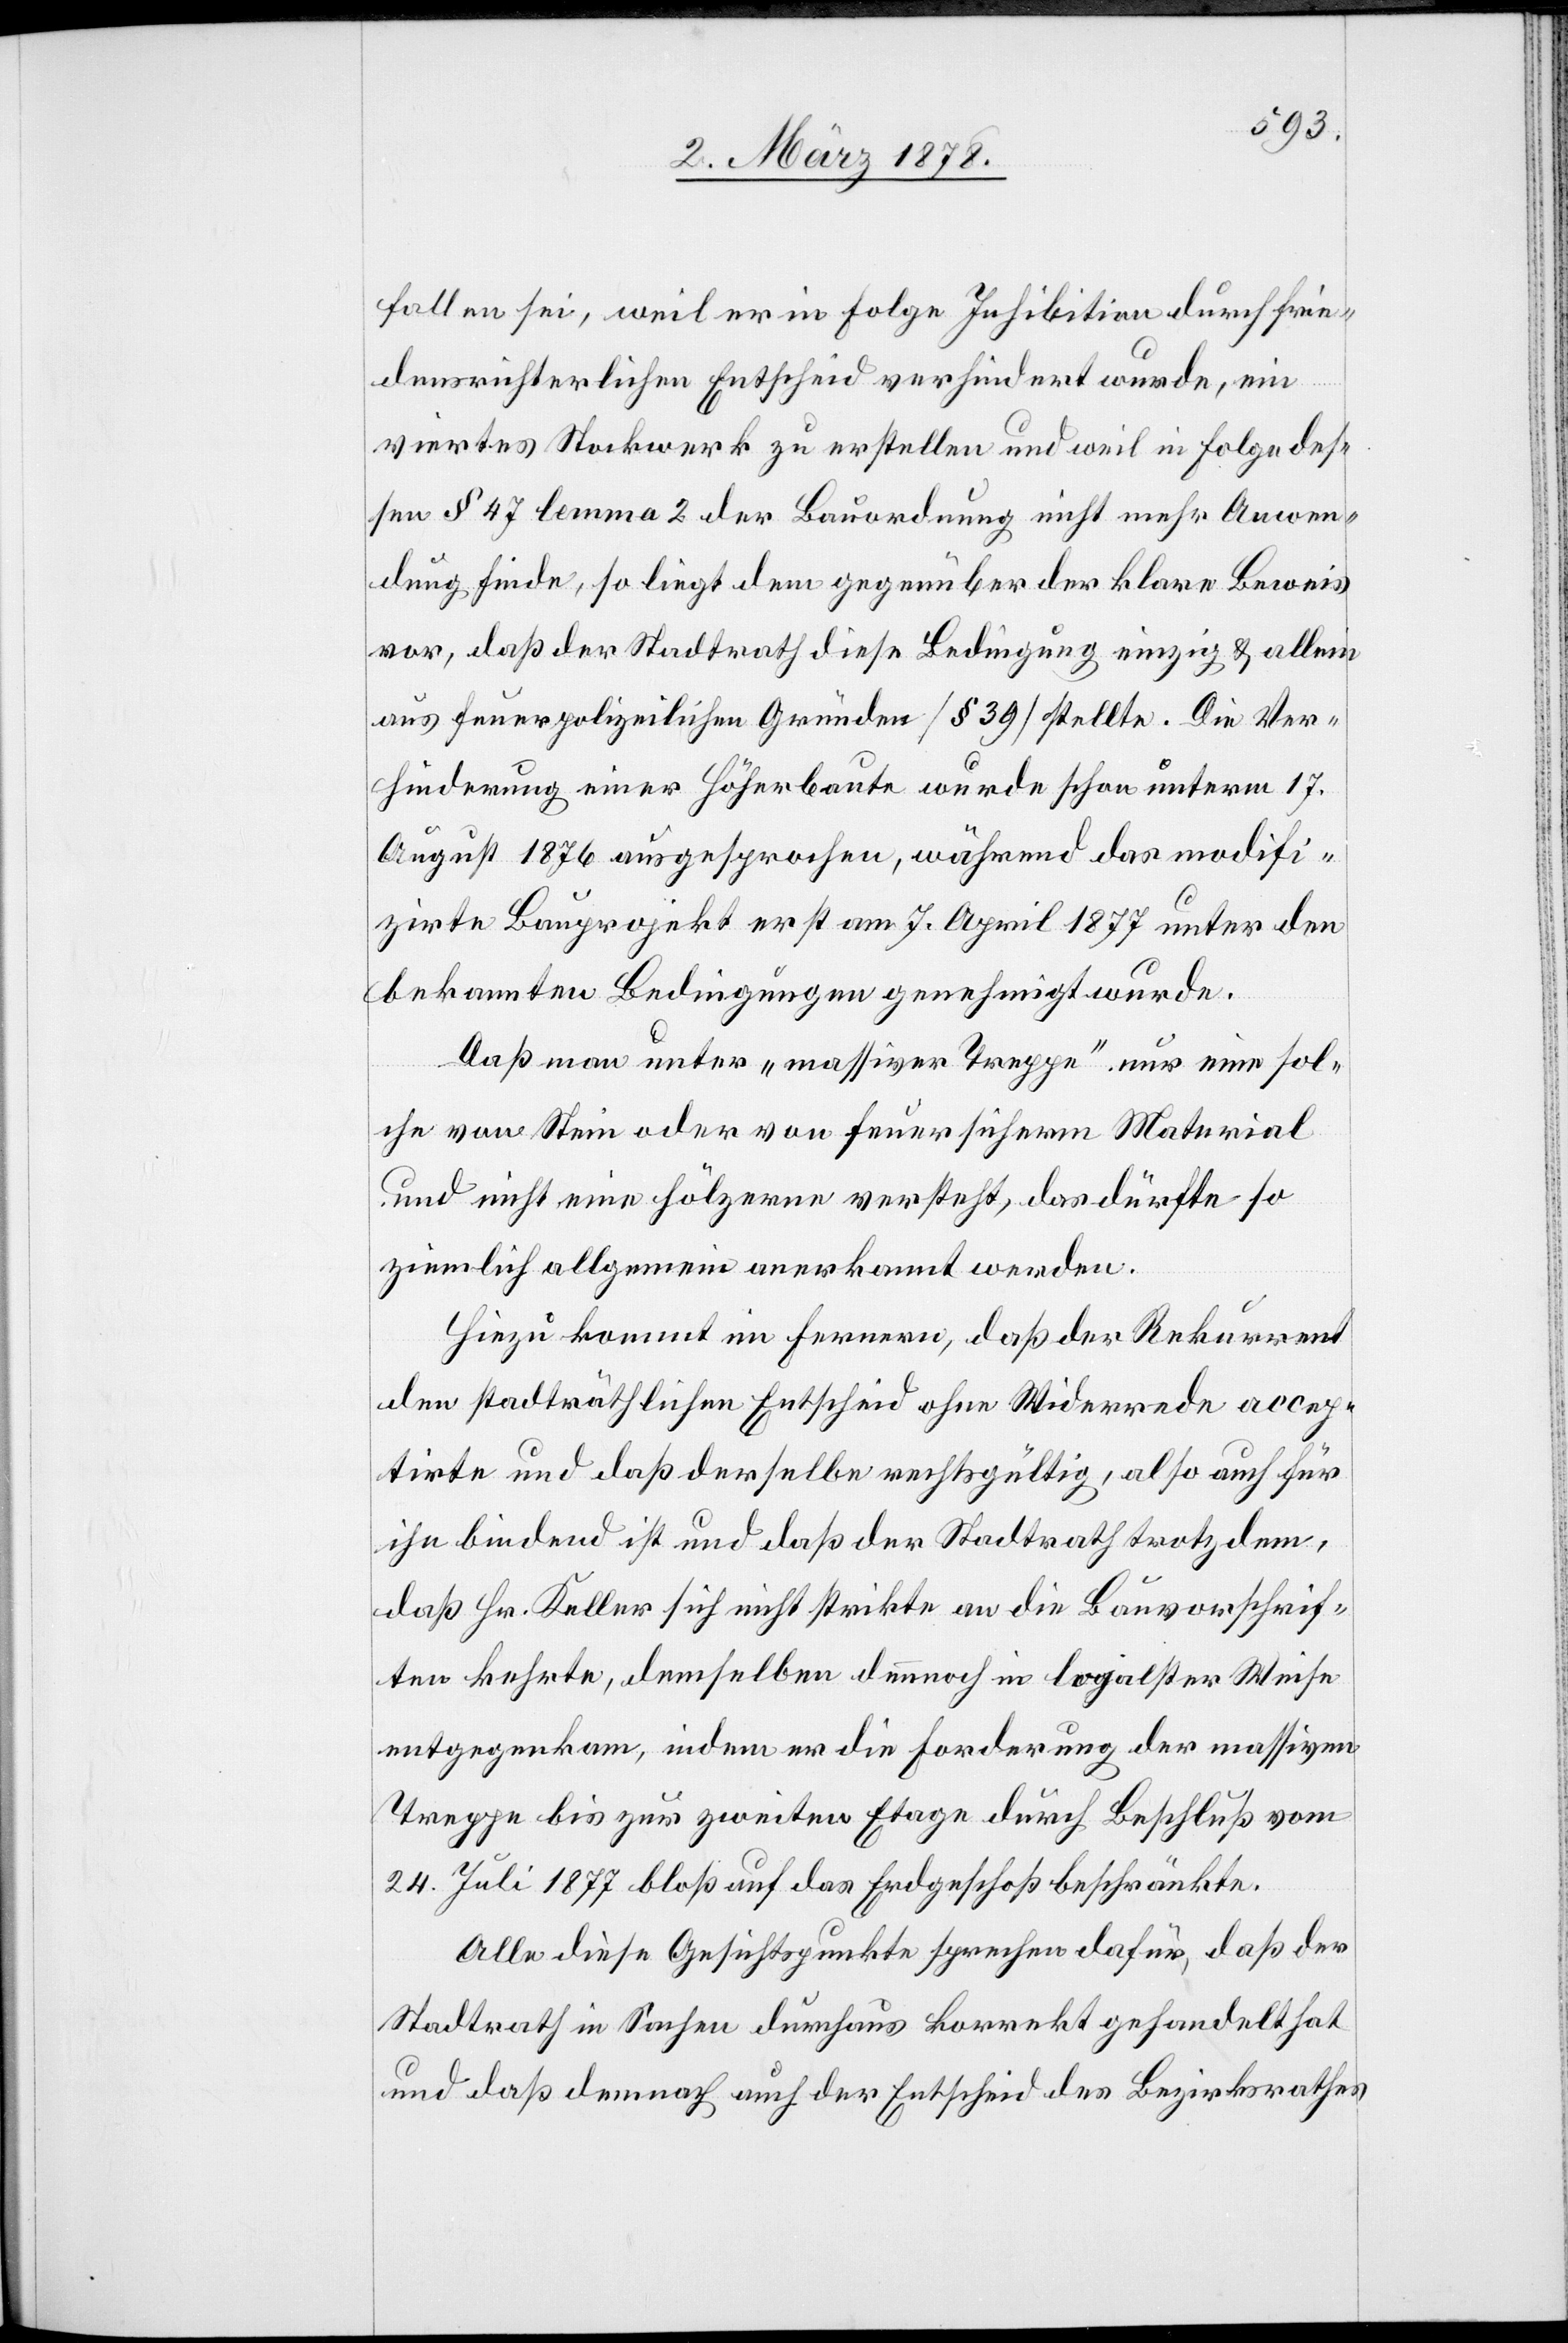
fallen sei, weil er in Folge Inhibition durch frie¬
densrichterlichen Entscheid verhindert wurde, ein
viertes Stockwerk zu erstellen und weil in Folge des¬
sen § 47 lemma 2 der Bauordnung nicht mehr Anwen¬
dung finde, so liegt demgegenüber der klare Beweis
vor, daß der Stadtrath diese Bedingung einzig & allein
aus feuerpolizeilichen Gründen (§ 39) stellte. Die Ver¬
hinderung einer Höherbaute wurde schon unterm 17.
August 1876 ausgesprochen, während das modifi¬
zirte Bauprojekt erst am 7. April 1877 unter den
bekannten Bedingungen genehmigt wurde.
Daß man unter „massiver Treppe“ nur eine sol¬
che von Stein oder von feuersicherm Material
und nicht eine hölzerne versteht, das dürfte so
ziemlich allgemein anerkannt werden.
Hiezu kommt im Fernern, daß der Rekurrent
den stadträthlichen Entscheid ohne Widerrede accep¬
tirte und daß derselbe rechtsgültig, also auch für
ihn bindend ist und daß der Stadtrath trotzdem,
daß Hr. Keller sich nicht strikte an die Bauvorschrif¬
ten kehrte, demselben dennoch in loyalster Weise
entgegenkam, indem er die Forderung der massiven
Treppe bis zur zweiten Etage durch Beschluß vom
24. Juli 1877 bloß auf das Erdgeschoß beschränkte.
Alle diese Gesichtspunkte sprechen dafür, daß der
Stadtrath in Sachen durchaus korrekt gehandelt hat
und daß demnach auch der Entscheid des Bezirksrathes